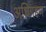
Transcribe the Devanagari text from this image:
अधिगहण